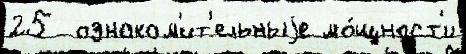
25  ознаком'ит'ельныjе мо́щност'и